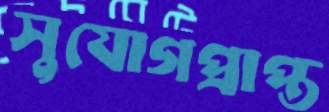
সুযোগপ্রাপ্ত